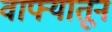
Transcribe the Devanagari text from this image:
वाफ्यातून